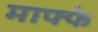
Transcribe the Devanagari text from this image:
माफ्फे